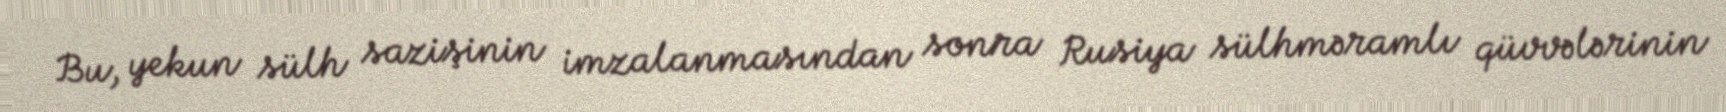
Bu, yekun sülh sazişinin imzalanmasından sonra Rusiya sülhməramlı qüvvələrinin